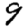
Digit: 9